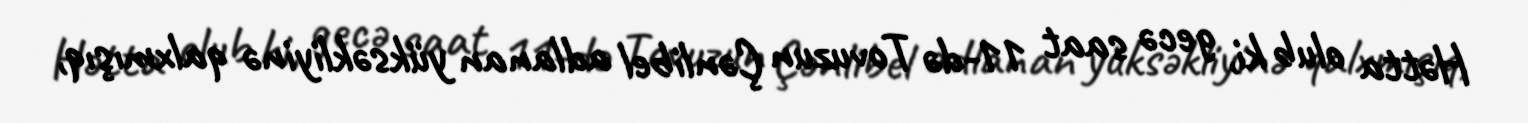
Hətta olub ki, gecə saat 11-də Tovuzun Çənlibel adlanan yüksəkliyinə qalxmışıq,